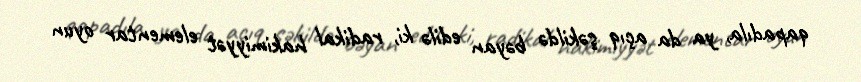
qapadıla, ya da açıq şəkildə bəyan edilə ki, radikal hakimiyyət elementar oyun